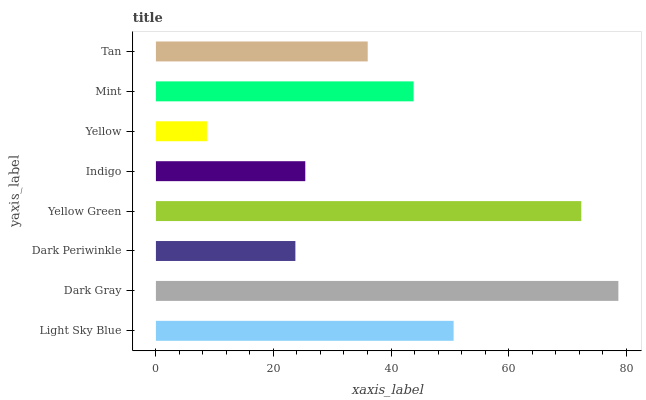
| yaxis_label | bars |
 | --- | --- |
 | Light Sky Blue | 50.7 |
 | Dark Gray | 78.7 |
 | Dark Periwinkle | 23.7 |
 | Yellow Green | 72.4 |
 | Indigo | 25.4 |
 | Yellow | 8.68 |
 | Mint | 43.8 |
 | Tan | 36 |